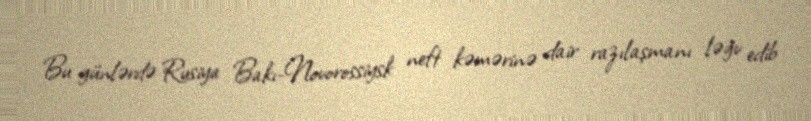
Bu günlərdə Rusiya Bakı-Novorossiysk neft kəmərinə dair razılaşmanı ləğv edib